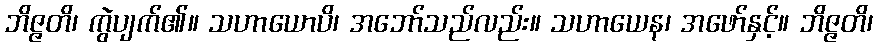
ဘိဇ္ဇတိ၊ ကွဲပျက်၏။ သဟာယောပိ၊ အဘော်သည်လည်း။ သဟာယေန၊ အဖော်နှင့်။ ဘိဇ္ဇတိ၊